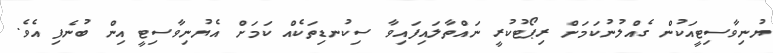
ޔުނިވާސިޓީއަކުން ގެއްލުނުކަމަށް ރިޕޯޓުކުރީ ނައްތާލައިފައިވާ ސިކުނޑިތަކެއް ކަަމަށް އެޔުނިވާސިޓީ އިން ބުނެފި އެވެ.